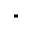
^ *